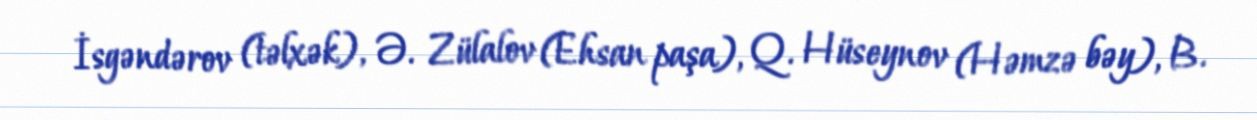
İsgəndərov (təlxək), Ə. Zülalov (Ehsan paşa), Q. Hüseynov (Həmzə bəy), B.